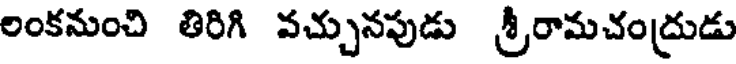
లంకనుంచి తిరిగి వచ్చునపుడు శ్రీరామచంద్రుడు